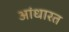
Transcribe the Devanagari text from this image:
आंधारत